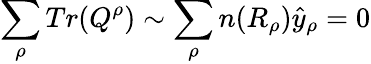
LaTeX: \sum_{\rho}Tr(Q^{\rho})\sim\sum_{\rho}n(R_{\rho})\hat{y}_{\rho}=0